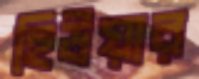
হিউয়ার